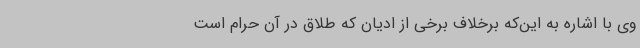
وی با اشاره به این‌که برخلاف برخی از ادیان که طلاق در آن حرام است